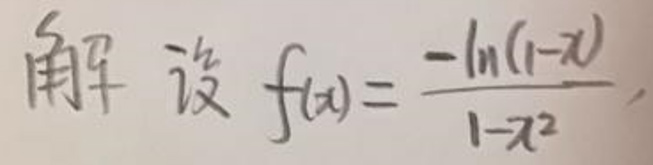
解 设 \(f(x)=\frac{-\ln(1 - x)}{1 - x^{2}}\)，